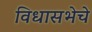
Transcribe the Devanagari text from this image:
विधासभेचे